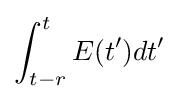
\int _{t-r}^{t}E(t')dt'